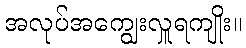
အလုပ်အကျွေးလှူရကျိုး။